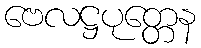
ဗေလဋ္ဌပုတ္တေန